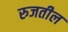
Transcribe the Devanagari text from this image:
रुजतील